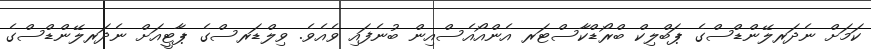
ކަމަށް ނެދަރލޭންޑްސްގެ ޕަބްލިކް ބްރޯޑްކާސްޓަރ އެންއޯއެސްއިން ބުނެފައި ވެއެވެ. ވިލްޑަރސްގެ ޕާޓީއަށް ނެދަރލޭންޑްސްގެ